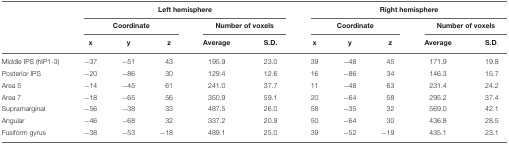
<table><thead><tr><td></td><td colspan="5"><b>Left hemisphere</b></td><td colspan="5"><b>Right hemisphere</b></td></tr><tr><td></td><td colspan="3"><b>Coordinate</b></td><td colspan="2"><b>Number of voxels</b></td><td colspan="3"><b>Coordinate</b></td><td colspan="2"><b>Number of voxels</b></td></tr><tr><td></td><td><b>x</b></td><td><b>y</b></td><td><b>z</b></td><td><b>Average</b></td><td><b>S.D.</b></td><td><b>x</b></td><td><b>y</b></td><td><b>z</b></td><td><b>Average</b></td><td><b>S.D.</b></td></tr></thead><tbody><tr><td>Middle IPS (hIP1-3)</td><td>−37</td><td>−51</td><td>43</td><td>195.9</td><td>23.0</td><td>39</td><td>−48</td><td>45</td><td>171.9</td><td>19.8</td></tr><tr><td>Posterior IPS</td><td>−20</td><td>−86</td><td>30</td><td>129.4</td><td>12.6</td><td>16</td><td>−86</td><td>34</td><td>146.3</td><td>15.7</td></tr><tr><td>Area 5</td><td>−14</td><td>−45</td><td>61</td><td>241.0</td><td>37.7</td><td>11</td><td>−48</td><td>63</td><td>231.4</td><td>24.2</td></tr><tr><td>Area 7</td><td>−18</td><td>−65</td><td>56</td><td>350.9</td><td>59.1</td><td>20</td><td>−64</td><td>58</td><td>295.2</td><td>37.4</td></tr><tr><td>Supramarginal</td><td>−56</td><td>−38</td><td>33</td><td>487.5</td><td>26.0</td><td>58</td><td>−35</td><td>32</td><td>569.0</td><td>42.1</td></tr><tr><td>Angular</td><td>−46</td><td>−68</td><td>32</td><td>337.2</td><td>20.9</td><td>50</td><td>−64</td><td>30</td><td>436.8</td><td>28.5</td></tr><tr><td>Fusiform gyrus</td><td>−38</td><td>−53</td><td>−18</td><td>489.1</td><td>25.0</td><td>39</td><td>−52</td><td>−19</td><td>435.1</td><td>23.1</td></tr></tbody></table>